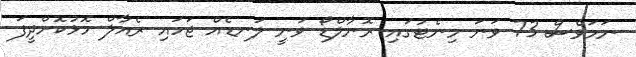
ނަމަވެސް 73 ވަނަ މިނެޓުގައި ރޮނާލްޑޯ ވަނީ ލަނޑެއް ޖަހައި ރެއާލް މޮޅުކޮށްދީފަ